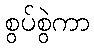
စွပ်စွဲကာ